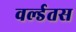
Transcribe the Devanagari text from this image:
वर्ल्डतस